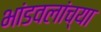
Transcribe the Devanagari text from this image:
भांडवलांच्या